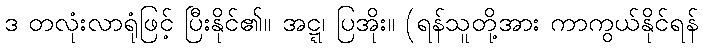
ဒ တလုံးလာရုံဖြင့် ပြီးနိုင်၏။ အဋ္ဋ၊ ပြအိုး။ (ရန်သူတို့အား ကာကွယ်နိုင်ရန်